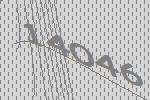
14046